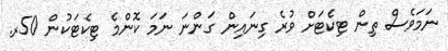
ނަމަވެސް ތިން ޓިކެޓަށް ވުރެ ގިނައިން ގަންނަ ނަމަ ކޮޮންމެ ޓިކެޓަކުން 50ރ.